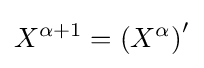
\displaystyle X^{\alpha +1}=\left(X^{\alpha }\right)'